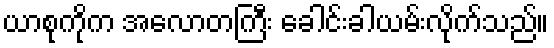
ယာစုကိုက အလောတကြီး ခေါင်းခါယမ်းလိုက်သည်။